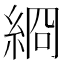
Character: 綗